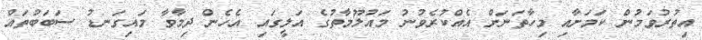
އިތުރުވަމުން ކަމަށާއި މިހާތަނަށް އެއްކުރެވުނު މައުލޫމާތުގެ އަލީގައި އެހެން ދިމާވާ މައިގަނޑު ސަބަބުތައް